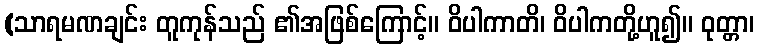
(သာရမဏချင်း တူကုန်သည် ၏အဖြစ်ကြောင့်။ ဝိပါကာတိ၊ ဝိပါကတို့ဟူ၍။ ဝုတ္တာ၊